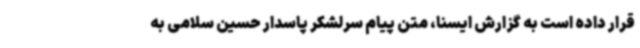
قرار داده است به گزارش ایسنا، متن پیام سرلشکر پاسدار حسین سلامی به